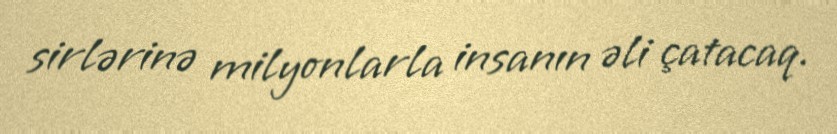
sirlərinə milyonlarla insanın əli çatacaq.